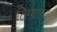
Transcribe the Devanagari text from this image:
टिपटान